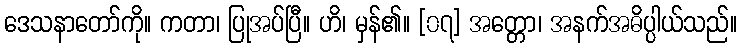
ဒေသနာတော်ကို။ ကတာ၊ ပြုအပ်ပြီ။ ဟိ၊ မှန်၏။ [၀၇] အတ္တော၊ အနက်အဓိပ္ပါယ်သည်။